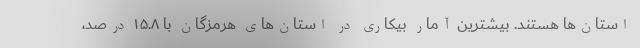
استان‌ها هستند. بیشترین آمار بیکاری در استان‌های هرمزگان با ۱۵.۸ درصد،